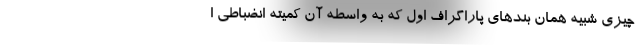
چیزی شبیه همان بندهای پاراگراف اول که به واسطه آن کمیته انضباطی ا